Reports on dispensaries and lunatic asylums in the Province of Oudh - 1869-1876
Year: 1869
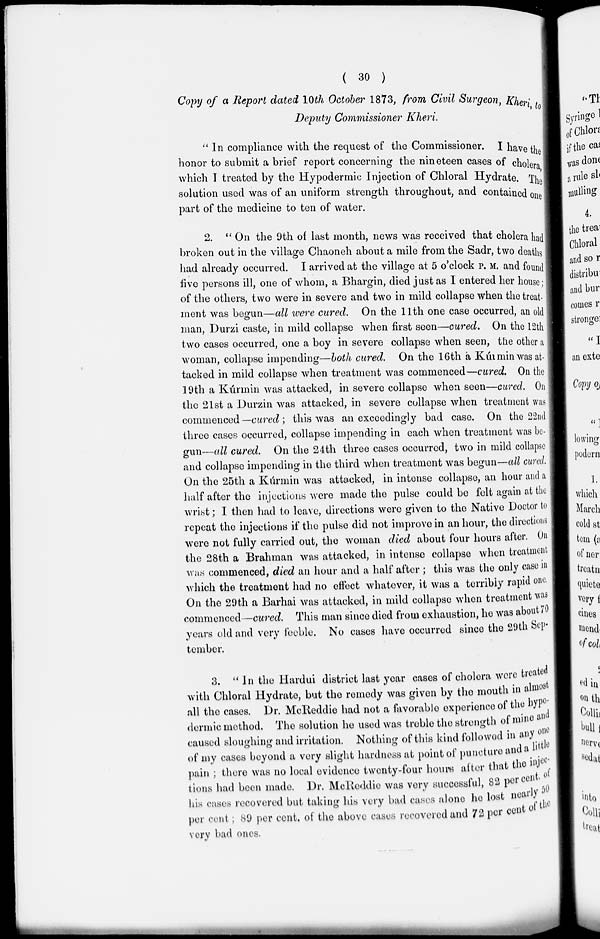
( 30 )
Copy of a Report dated 10th October 1873, from Civil Surgeon, Kheri, to
Deputy Commissioner Kheri.
" In compliance with the request of the Commissioner. I have the
honor to submit a brief report concerning the nineteen cases of cholera,
which I treated by the Hypodermic Injection of Chloral Hydrate. The
solution used was of an uniform strength throughout, and contained one
part of the medicine to ten of water.
2. " On the 9th of last month, news was received that cholera had
broken out in the village Chaoneh about a mile from the Sadr, two deaths
had already occurred. I arrived at the village at 5 o'clock P. M. and found
five persons ill, one of whom, a Bhargin, died just as I entered her house;
of the others, two were in severe and two in mild collapse when the treat-
ment was begun—all were cured. On the 11th one case occurred, an old
man, Durzi caste, in mild collapse when first seen—cured. On the 12th
two cases occurred, one a boy in severe collapse when seen, the other a
woman, collapse impending—both cured. On the 16th a Kúrmin was at-
tacked in mild collapse when treatment was commenced—cured. On the
19th a Kúrmin was attacked, in severe collapse when seen—cured. On
the 21st a Durzin was attacked, in severe collapse when treatment was
commenced —cured; this was an exceedingly bad case. On the 22nd
three cases occurred, collapse impending in each when treatment was be-
gun—all cured. On the 24th three cases occurred, two in mild collapse
and collapse impending in the third when treatment was begun—all cured.
On the 25th a Kúrmin was attacked, in intense collapse, an hour and a
half after the injections were made the pulse could be felt again at the
wrist; I then had to leave, directions were given to the Native Doctor to
repeat the injections if the pulse did not improve in an hour, the directions
were not fully carried out, the woman died about four hours after. On
the 28th a Brahman was attacked, in intense collapse when treatment
was commenced, died an hour and a half after ; this was the only case in
which the treatment had no effect whatever, it was a terribly rapid one.
On the 29th a Barhai was attacked, in mild collapse when treatment was
commenced—cured. This man since died from exhaustion, he was about 70
years old and very feeble. No cases have occurred since the 29th Sep-
tember.
3. " In the Hardui district last year cases of cholera were treated
with Chloral Hydrate, but the remedy was given by the mouth in almost
all the cases. Dr. McReddie had not a favorable experience of the hypo-
dermic method. The solution he used was treble the strength of mine and
caused sloughing and irritation. Nothing of this kind followed in any one
of my cases beyond a very slight hardness at point of puncture and a little
pain ; there was no local evidence twenty-four hours after that the injec-
tions had been made. Dr. McReddie was very successful, 82 per cent . of
his cases recovered but taking his very bad cases alone he lost nearly 50
per cent ; 89 per cent. of the above cases recovered and 72 per cent of the
very bad ones.